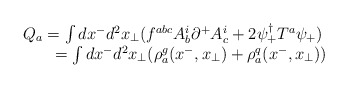
\begin{align*}\begin{array}{l}Q_a = \int dx^- d^2x_{\bot} (f^{abc} A_b^i \partial^+A_c^i + 2 \psi_+^{\dagger} T^a \psi_+) \\~~~~~= \int dx^- d^2x_{\bot} (\rho_a^g(x^-,x_{\bot})+ \rho_a^q(x^-,x_{\bot})) \end{array}\end{align*}